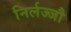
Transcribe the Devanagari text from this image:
निर्लज्जौ